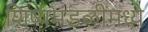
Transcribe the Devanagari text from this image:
शिष्यमंडळींमध्ये